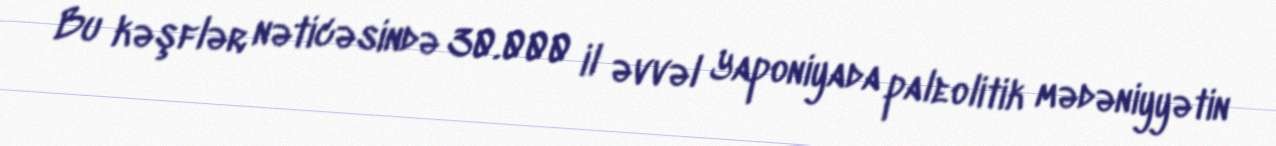
Bu kəşflər nəticəsində 30.000 il əvvəl Yaponiyada paleolitik mədəniyyətin